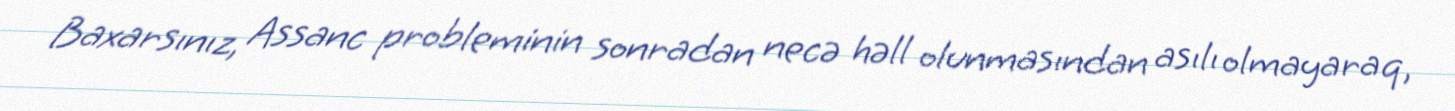
Baxarsınız, Assanc probleminin sonradan necə həll olunmasından asılı olmayaraq,